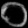
Digit: ၀